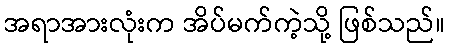
အရာအားလုံးက အိပ်မက်ကဲ့သို့ ဖြစ်သည်။